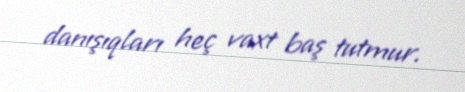
danışıqları heç vaxt baş tutmur.